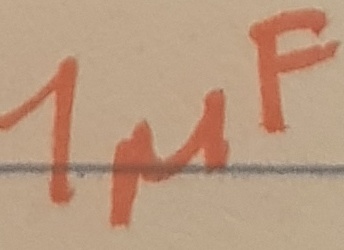
Text: 1µF